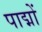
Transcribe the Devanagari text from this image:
पाद्मों